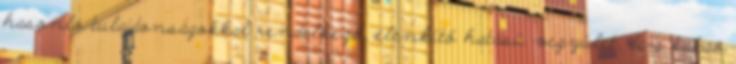
hasonló tulajdonságokkal rendelkező, élénkítő hatású vegyület, de a kakaó